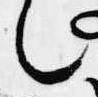
也